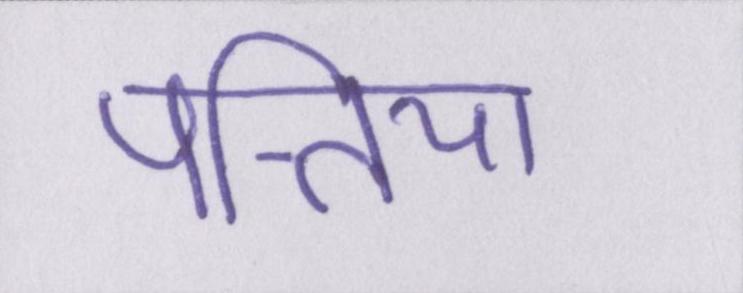
पत्तिया